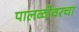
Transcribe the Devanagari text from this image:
पालळीवरचा